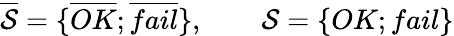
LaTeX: \begin{array}{r}{\overline{{\cal S}}=\{ \overline{{OK}};\overline{{fail}}\} ,\qquad{\cal S}=\{ OK;fail\} }\end{array}